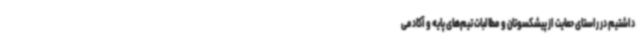
داشتیم در راستای حمایت از پیشکسوتان و مطالبات تیم‌های پایه و آکادمی